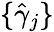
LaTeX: \{ \hat{\gamma}_{j}\}